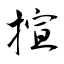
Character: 揎